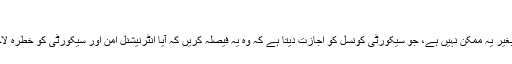
”
مگر اقوام متحدہ کے چارٹر کے Chapter 7 کو invoke ( طلب ) کیے بغیر یہ ممکن نہیں ہے، جو سیکورٹی کونسل کو اجازت دیتا ہے کہ وہ یہ فیصلہ کریں کہ آیا انٹرنیشنل امن اور سیکورٹی کو خطرہ لاحق ہے کہ نہیں یا امن اور سیکورٹی کے خلاف جارحیت ہوئی ہے کہ نہیں؟